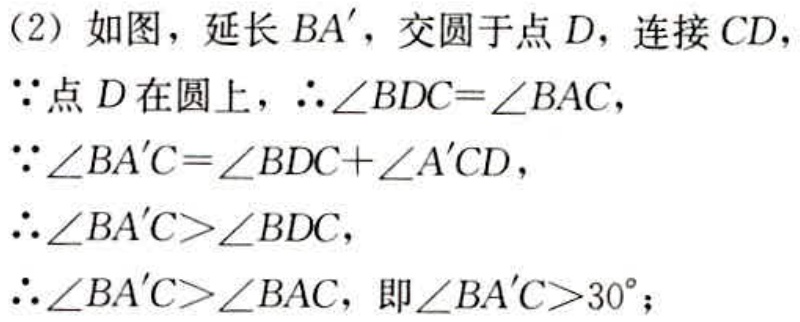
（2）如图，延长 \(BA'\)，交圆于点 \(D\)，连接 \(CD\)，
\(\because\)点 \(D\) 在圆上，\(\therefore\angle BDC = \angle BAC\)，
\(\because\angle BA'C=\angle BDC+\angle A'CD\)，
\(\therefore\angle BA'C>\angle BDC\)，
\(\therefore\angle BA'C>\angle BDC\)，
\(\therefore\angle BA'C>\angle BAC\)，即\(\angle BA'C > 30^{\circ}\)；